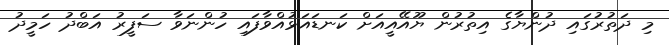
މި ދަތުރުގައި ދުންޔާގެ އިތުރުން ޔޫއޭއީއަށް ކަނޑައަޅުއްވާފައި ހުންނަވާ ސަފީރު އަބްދު ހަމީދު